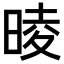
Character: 𣇾